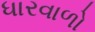
ધારવાળો